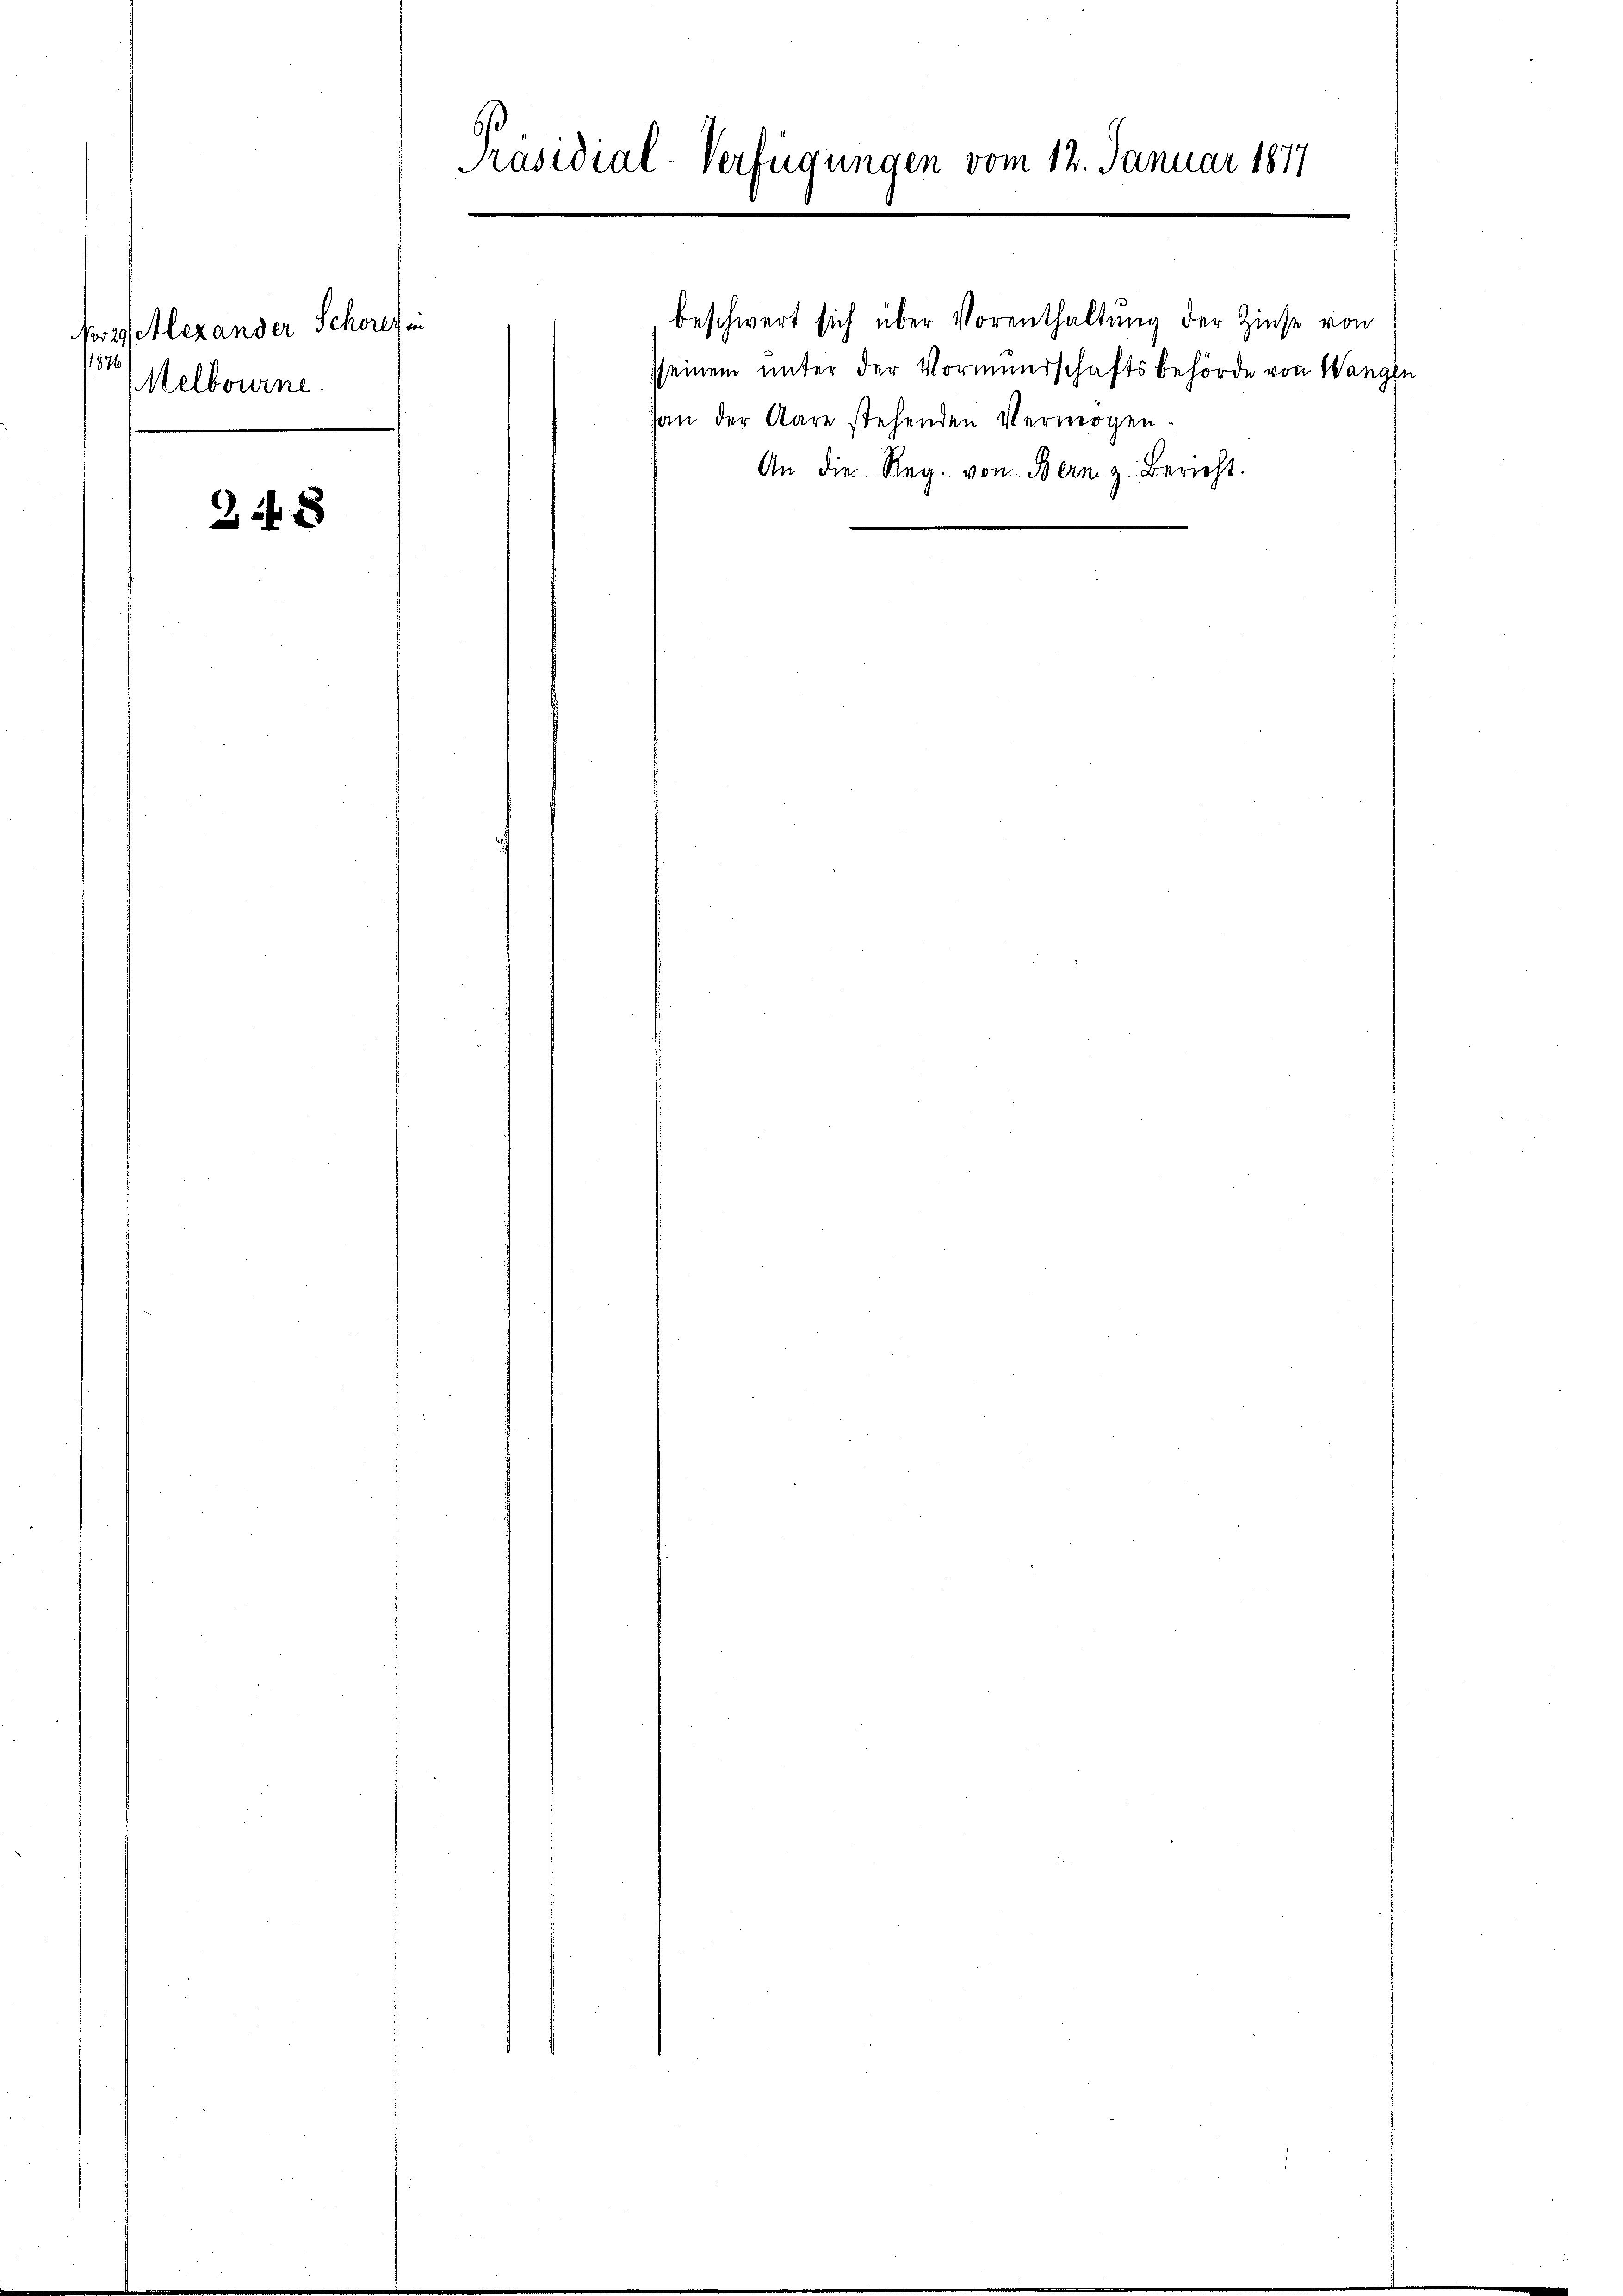
Mog Alexander Schores in
1876
Melbourne.

2 x

Präsidial-Verfügungen vom 12. Januar 1877

beschwert sich über Vorenthaltung der Zinse von
sseinem unter der Vormierschaftsbehörde von Wangen
Jan der Aare stehenden Vermögen
An die Reg. von Bern z. Bericht.